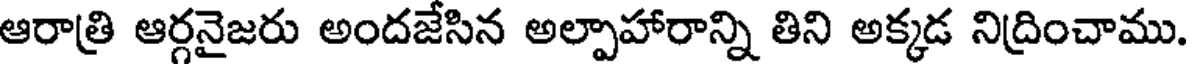
ఆరాత్రి ఆర్గనైజరు అందజేసిన అల్పాహారాన్ని తిని అక్కడ నిద్రించాము.